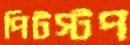
পিটস্টপ